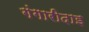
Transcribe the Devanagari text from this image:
गंगारीदाइ